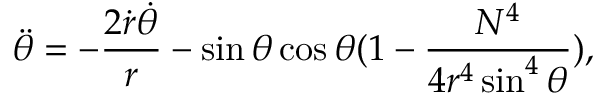
\ddot { \theta } = - \frac { 2 \dot { r } \dot { \theta } } { r } - \sin \theta \cos \theta ( 1 - \frac { N ^ { 4 } } { 4 r ^ { 4 } \sin ^ { 4 } \theta } ) ,